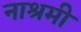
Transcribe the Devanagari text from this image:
नाश्रमी